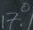
17.0